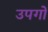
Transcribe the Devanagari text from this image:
उपगों